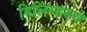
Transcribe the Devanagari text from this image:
विलिंग्डनचे